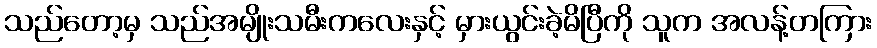
သည်တော့မှ သည်အမျိုးသမီးကလေးနှင့် မှားယွင်းခဲ့မိပြီကို သူက အလန့်တကြား